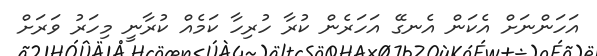
އަހަންނަށް އެކަން އެނގޭ އަހަރެން ކުރާ ހުރިހާ ކަމެއް ކުރާނީ މިހަރު ވަރަށް